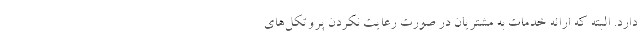
دارد. البته که ارائه خدمات به مشتریان در صورت رعایت نکردن پروتکل‌های